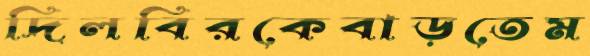
দিলবিরকেবাড়তেম